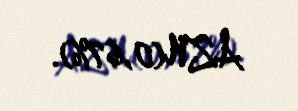
AZN(0,67%).